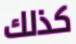
كذلك